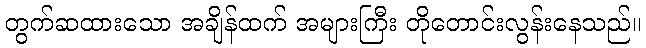
တွက်ဆထားသော အချိန်ထက် အများကြီး တိုတောင်းလွန်းနေသည်။